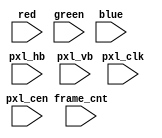
////////////////////////////////////////////////////////////////////
// video output dump
// this is a binary bile with 32 bits per pixel. First 8 bits are the alpha, and set to 0xFF
// The rest are RGB in 8-bit format
// There is no dump while blanking. The inputs pxl_hb and pxl_vb are high during blanking
// The linux tool "convert" can process the raw stream and separate it into individual frames
// automatically

`timescale 1ns/1ps

module video_dump(
    input        pxl_clk,
    input        pxl_cen,
    input        pxl_hb,
    input        pxl_vb,
    input [ 3:0] red,
    input [ 3:0] green,
    input [ 3:0] blue,
    input [31:0] frame_cnt
    //input        downloading
);


`ifdef DUMP_VIDEO

`ifndef DUMP_VIDEO_FNAME
    `define DUMP_VIDEO_FNAME "video.raw"
    initial $display("WARNING: DUMP_VIDEO_FNAME undefined\n");
`else
    initial $display("INFO: dumping video to %s\n",`DUMP_VIDEO_FNAME);
`endif

integer vcnt=-1, hcnt=-1, hvinfo_done=-1, finfo;
integer fvideo;

reg last_vb, last_hb;

initial begin
    fvideo = $fopen(`DUMP_VIDEO_FNAME,"wb");
end

wire [31:0] video_dump = { 8'hff, {2{blue}}, {2{green}}, {2{red}} };

// Define VIDEO_START with the first frame number for which
// video will be dumped. If undefined, it will start from frame 0
`ifndef VIDEO_START
`define VIDEO_START 0
`endif

always @(posedge pxl_clk) if(pxl_cen && frame_cnt>=`VIDEO_START && hvinfo_done>=0 ) begin
    if( !pxl_hb && !pxl_vb ) $fwrite(fvideo,"%u", video_dump);
end

always @(posedge pxl_clk) if( pxl_cen && hvinfo_done<1 ) begin
    last_vb <= pxl_vb;
    last_hb <= pxl_hb;
    if( pxl_vb ) begin
        vcnt<=0;
        if( hvinfo_done==0 && vcnt>0 && hcnt>0 ) begin
            finfo  = $fopen("video.info","w");
            $fdisplay( finfo, "1%d\n%1d\n", hcnt, vcnt );
            $display( "Visible screen size: %1dx%1d\n", hcnt, vcnt );
            $fclose(finfo);
            hvinfo_done <= 1;
        end else if(hvinfo_done<0) begin
            hvinfo_done <= 0;
        end
    end else if( pxl_hb===1 && last_hb===0 )
        vcnt<=vcnt+1;

    if( pxl_hb )
        hcnt <= 0;
    else hcnt <= hcnt + 1;
end

`endif

endmodule